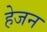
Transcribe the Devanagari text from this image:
हेजन